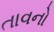
તાવનો